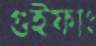
গুইফাং